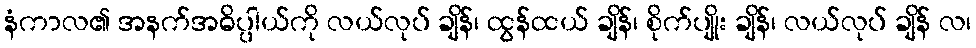
နံကာလ၏ အနက်အဓိပ္ပါယ်ကို လယ်လုပ် ချိန်၊ ထွန်ထယ် ချိန်၊ စိုက်ပျိုး ချိန်၊ လယ်လုပ် ချိန် လ၊